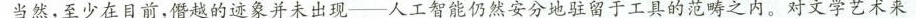
当然，至少在目前，僭越的迹象并未出现--人工智能仍然安分地驻留于工具的范畴之内。对文学艺术来